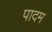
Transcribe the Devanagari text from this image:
पादम